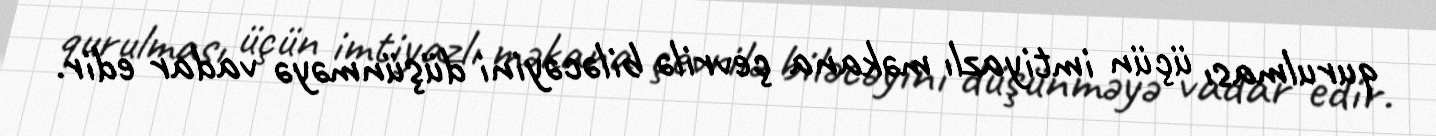
qurulması üçün imtiyazlı məkana çevrilə biləcəyini düşünməyə vadar edir.